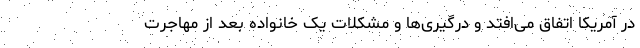
در آمریکا اتفاق می‌افتد و درگیری‌ها و مشکلات یک خانواده بعد از مهاجرت